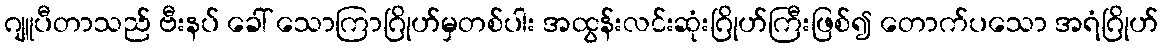
ဂျူပီတာသည် ဗီးနပ် ခေါ် သောကြာဂြိုဟ်မှတစ်ပါး အထွန်းလင်းဆုံးဂြိုဟ်ကြီးဖြစ်၍ တောက်ပသော အရံဂြိုဟ်